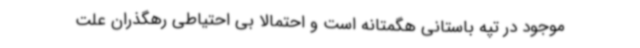
موجود در تپه باستانی هگمتانه است و احتمالا بی احتیاطی رهگذران علت